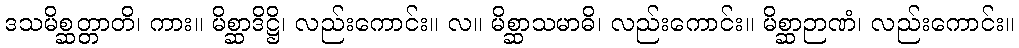
ဒသမိစ္ဆတ္တာတိ၊ ကား။ မိစ္ဆာဒိဋ္ဌိ၊ လည်းကောင်း။ လ။ မိစ္ဆာသမာဓိ၊ လည်းကောင်း။ မိစ္ဆာဉာဏံ၊ လည်းကောင်း။